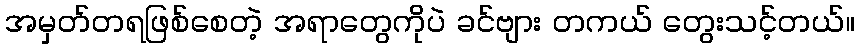
အမှတ်တရဖြစ်စေတဲ့ အရာတွေကိုပဲ ခင်ဗျား တကယ် တွေးသင့်တယ်။